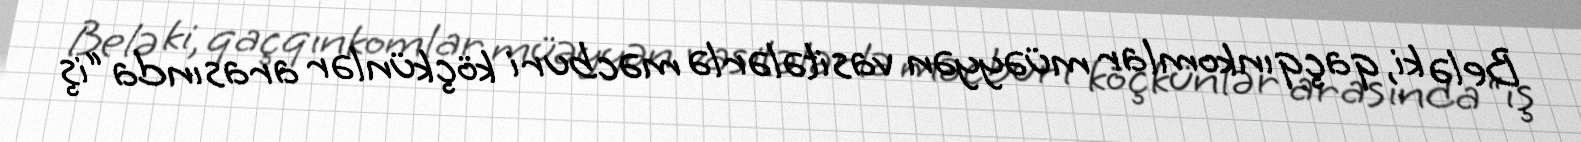
Belə ki, qaçqınkomlar müəyyən vasitələrlə məcburi köçkünlər arasında “iş